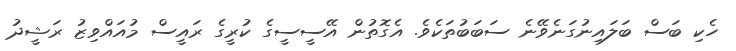
ހެކި ބަސް ބަލައިނުގަނެވޭނެ ސަބަބުތަކެވެ. އެގޮތުން އޭސީސީގެ ކުރީގެ ރައީސް މުއައްވިޒު ރަޝީދު